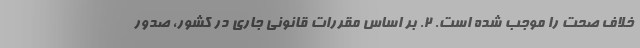
خلاف صحت را موجب شده است. ۲. بر اساس مقررات قانونی جاری در کشور، صدور